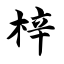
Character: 梓